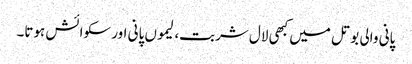
پانی والی بوتل میں کبھی لال شربت، لیموں پانی اور سکوائش ہوتا۔